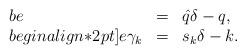
LaTeX: \begin{align*} \begin{array}{lll}be &=& \hat{q}\delta-q,\\begin{align*}2pt]e \gamma_k &=& s_k \delta-k.\end{array}\end{align*}